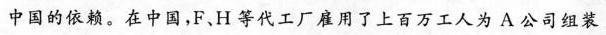
中国的依赖。在中国，F、H等代工厂雇用了上百万工人为A公司组装